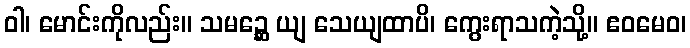
ဝါ၊ မောင်းကိုလည်း။ သမဉ္ဆေ ယျ သေယျထာပိ၊ ကွေးရာသကဲ့သို့။ ဧဝမေဝ၊